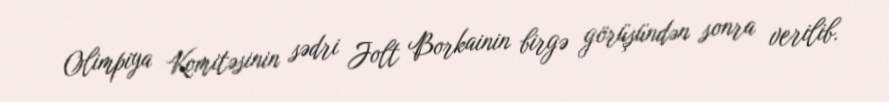
Olimpiya Komitəsinin sədri Jolt Borkainin birgə görüşündən sonra verilib.